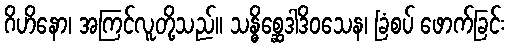
ဂိဟိနော၊ အကြင်လူတို့သည်။ သန္ဓိစ္ဆေဒါဒိဝသေန၊ ခြံစပ် ဖောက်ခြင်း